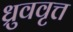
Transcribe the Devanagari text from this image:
ध्रुववृत्त